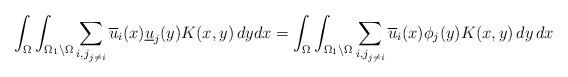
LaTeX: \begin{align*}\int_{\Omega} \int_{\Omega_{1}\backslash \Omega} \sum_{{i,j}_{j \neq i}} \overline{u}_{i}(x) \underline{u}_{j}(y) K(x,y) \, dy dx = \int_{\Omega} \int_{\Omega_{1}\backslash \Omega} \sum_{{i,j}_{j \neq i}} \overline{u}_{i}(x)\phi_{j}(y) K(x,y) \, dy \, dx \end{align*}